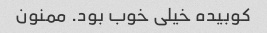
کوبیده خیلی خوب بود. ممنون